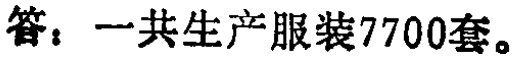
答：一共生产服装7700套。